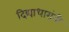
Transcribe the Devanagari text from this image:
दिद्याधारांनी